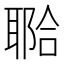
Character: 鿢